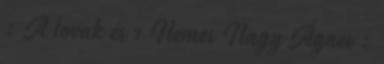
: A lovak és 1 Nemes Nagy Ágnes :